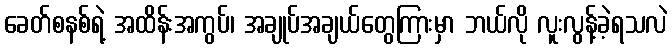
ခေတ်စနစ်ရဲ့ အထိန်းအကွပ်၊ အချုပ်အချယ်တွေကြားမှာ ဘယ်လို လူးလွန့်ခဲ့ရသလဲ